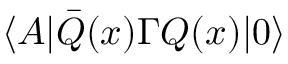
\langle A | \bar { Q } ( x ) \Gamma Q ( x ) | 0 \rangle